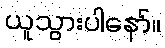
ယူသွားပါနော်။